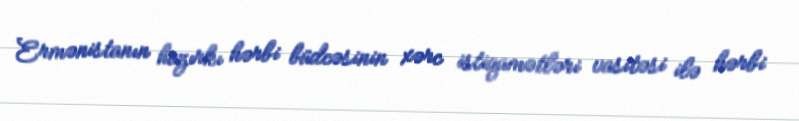
Ermənistanın hazırkı hərbi büdcəsinin xərc istiqamətləri vasitəsi ilə hərbi